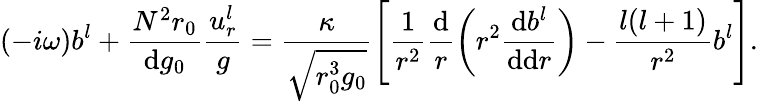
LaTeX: (-i\omega)b^{l}+\frac{N^{2}r_{0}}{\mathrm{d}g_{0}}\frac{u_{r}^{l}}{g}=\frac{\kappa}{\sqrt{r_{0}^{3}g_{0}}}\Bigg[\frac{1}{r^{2}}\frac{\mathrm{d}}{r}\bigg(r^{2}\frac{\mathrm{d}b^{l}}{\mathrm{d}\mathrm{d}r}\bigg)-\frac{l(l+1)}{r^{2}}b^{l}\Bigg].